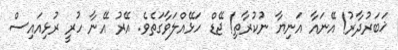
ޚަބަރުދާރު! އޭނައާ އަނިޔާ ނުކުރާތި! ޖޭޑް ހަޅޭއްލަވާގަތެވެ. އޭރު އޭނާ ހުރީ ރުޅިއައިސް